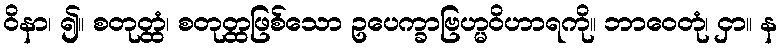
ဝိနာ၊ ၍။ စတုတ္ထံ၊ စတုတ္ထဖြစ်သော ဥပေက္ခာဗြဟ္မဝိဟာရကို။ ဘာဝေတုံ၊ ငှာ။ န